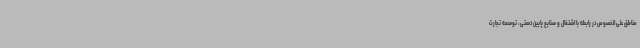
مناطق علی الخصوص در رابطه با اشتغال و صنایع پایین دستی، توسعه تجارت